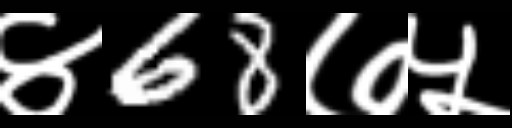
Text: ४68७५